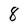
Character: 8